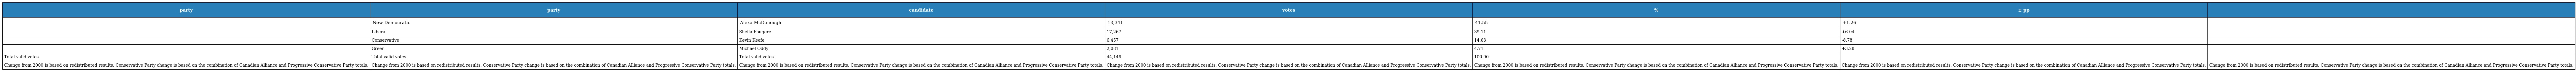
| party | party | candidate | votes | % | ± pp |  |
 | --- | --- | --- | --- | --- | --- | --- |
 |  | New Democratic | Alexa McDonough | 18,341 | 41.55 | +1.26 |  |
 |  | Liberal | Sheila Fougere | 17,267 | 39.11 | +6.04 |  |
 |  | Conservative | Kevin Keefe | 6,457 | 14.63 | -8.78 |  |
 |  | Green | Michael Oddy | 2,081 | 4.71 | +3.28 |  |
 | Total valid votes | Total valid votes | Total valid votes | 44,146 | 100.00 |  |  |
 | Change from 2000 is based on redistributed results. Conservative Party change is based on the combination of Canadian Alliance and Progressive Conservative Party totals. | Change from 2000 is based on redistributed results. Conservative Party change is based on the combination of Canadian Alliance and Progressive Conservative Party totals. | Change from 2000 is based on redistributed results. Conservative Party change is based on the combination of Canadian Alliance and Progressive Conservative Party totals. | Change from 2000 is based on redistributed results. Conservative Party change is based on the combination of Canadian Alliance and Progressive Conservative Party totals. | Change from 2000 is based on redistributed results. Conservative Party change is based on the combination of Canadian Alliance and Progressive Conservative Party totals. | Change from 2000 is based on redistributed results. Conservative Party change is based on the combination of Canadian Alliance and Progressive Conservative Party totals. | Change from 2000 is based on redistributed results. Conservative Party change is based on the combination of Canadian Alliance and Progressive Conservative Party totals. |